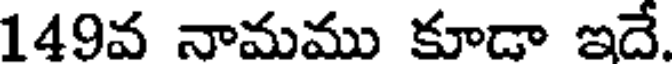
149వ నామము కూడా ఇదే.